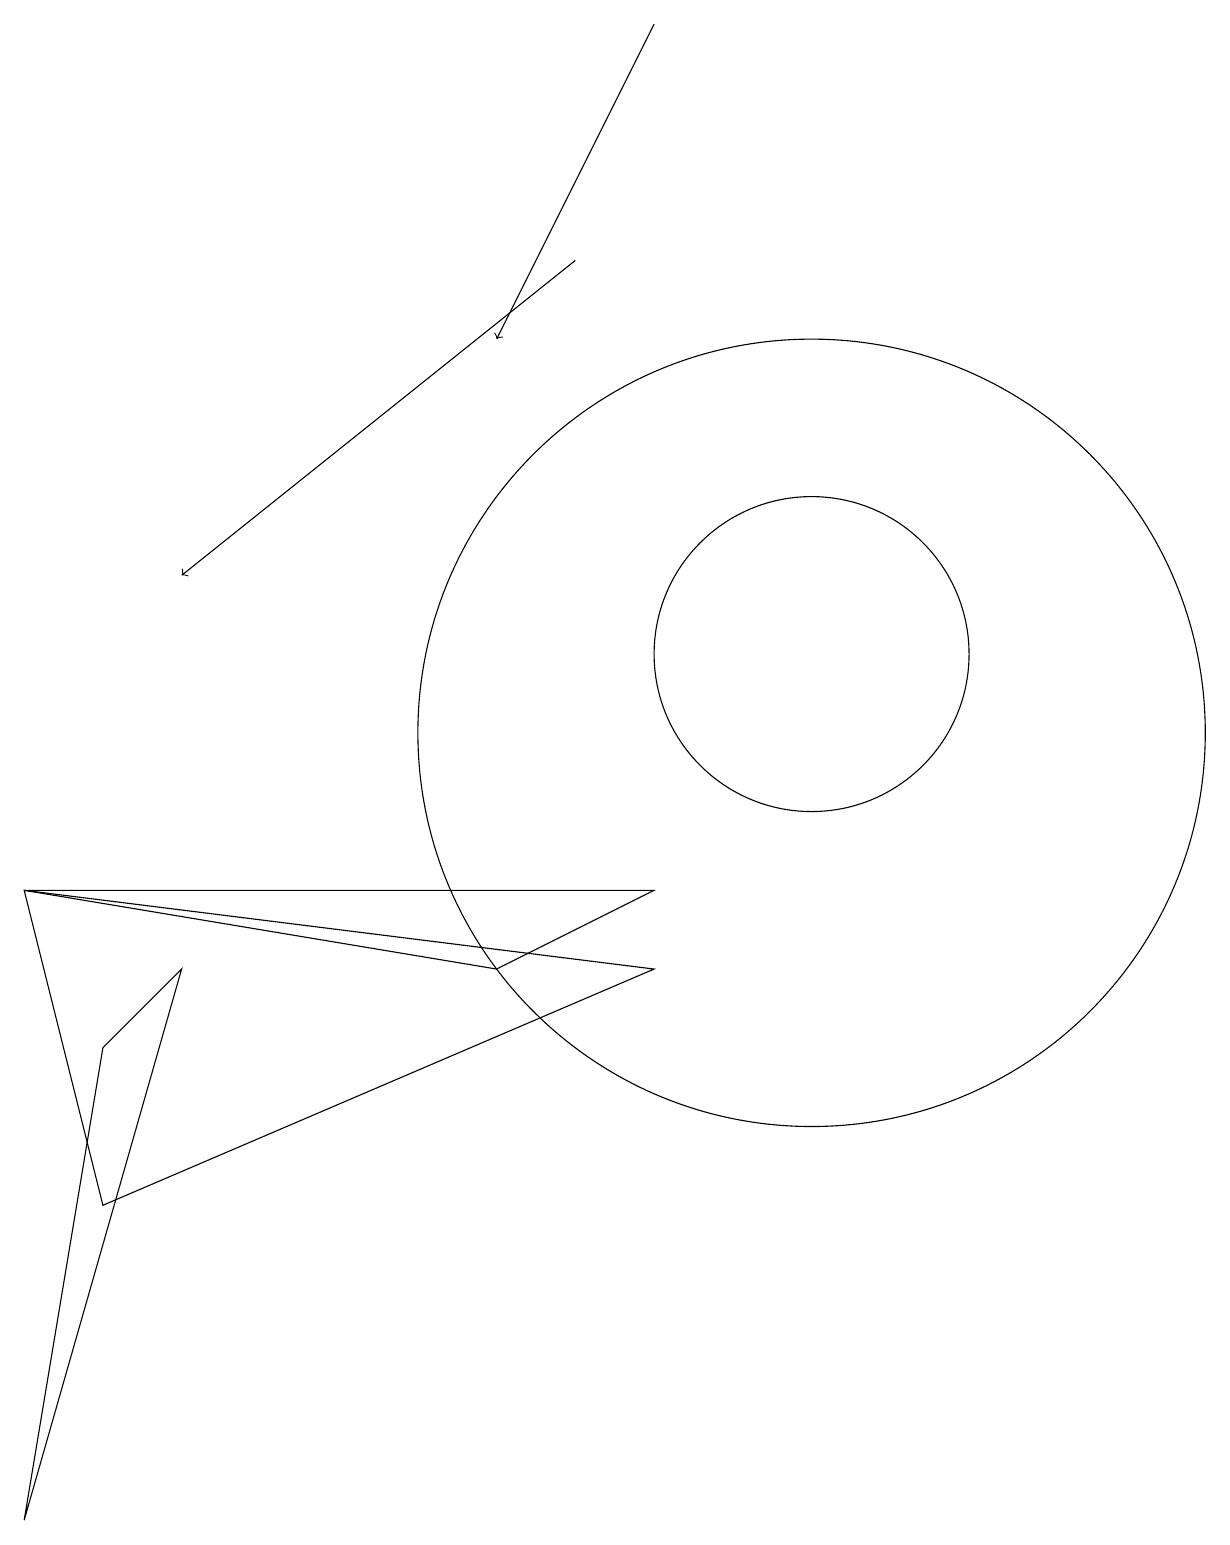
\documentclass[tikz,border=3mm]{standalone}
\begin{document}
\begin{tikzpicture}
\draw[->] (8,19) -- (6,15);
\draw (10,11) circle (2);
\draw (8,8) -- (6,7) -- (0,8) -- cycle;
\draw (0,8) -- (1,4) -- (8,7) -- cycle;
\draw (10,10) circle (5);
\draw[->] (7,16) -- (2,12);
\draw (0,0) -- (2,7) -- (1,6) -- cycle;
\draw (10,10) circle (0);
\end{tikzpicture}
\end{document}